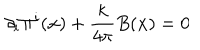
\partial _ { i } \Pi ^ { i } ( { \bf x } ) + \frac { k } { 4 \pi } B ( { \bf x } ) = 0